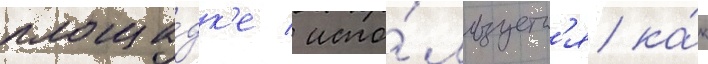
площа́дк'е / испо́льзуетс'я ка́к